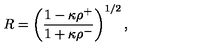
R = \left( { \frac { 1 - \kappa \rho ^ { + } } { 1 + \kappa \rho ^ { - } } } \right) ^ { 1 / 2 } ,